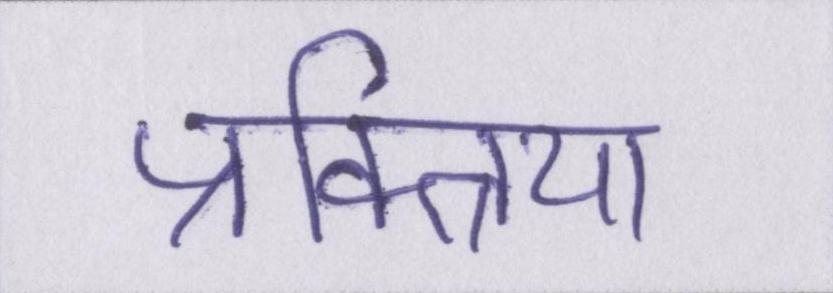
प्रक्त्रिया